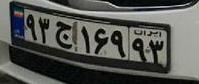
۹۳ج۱۶۹۹۳